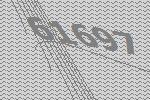
61697